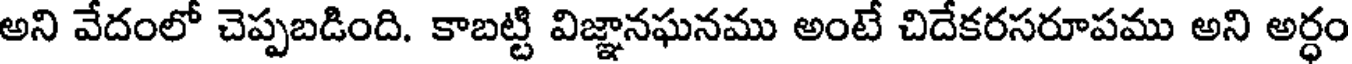
అని వేదంలో చెప్పబడింది. కాబట్టి విజ్ఞానఘనము అంటే చిదేకరసరూపము అని అర్ధం